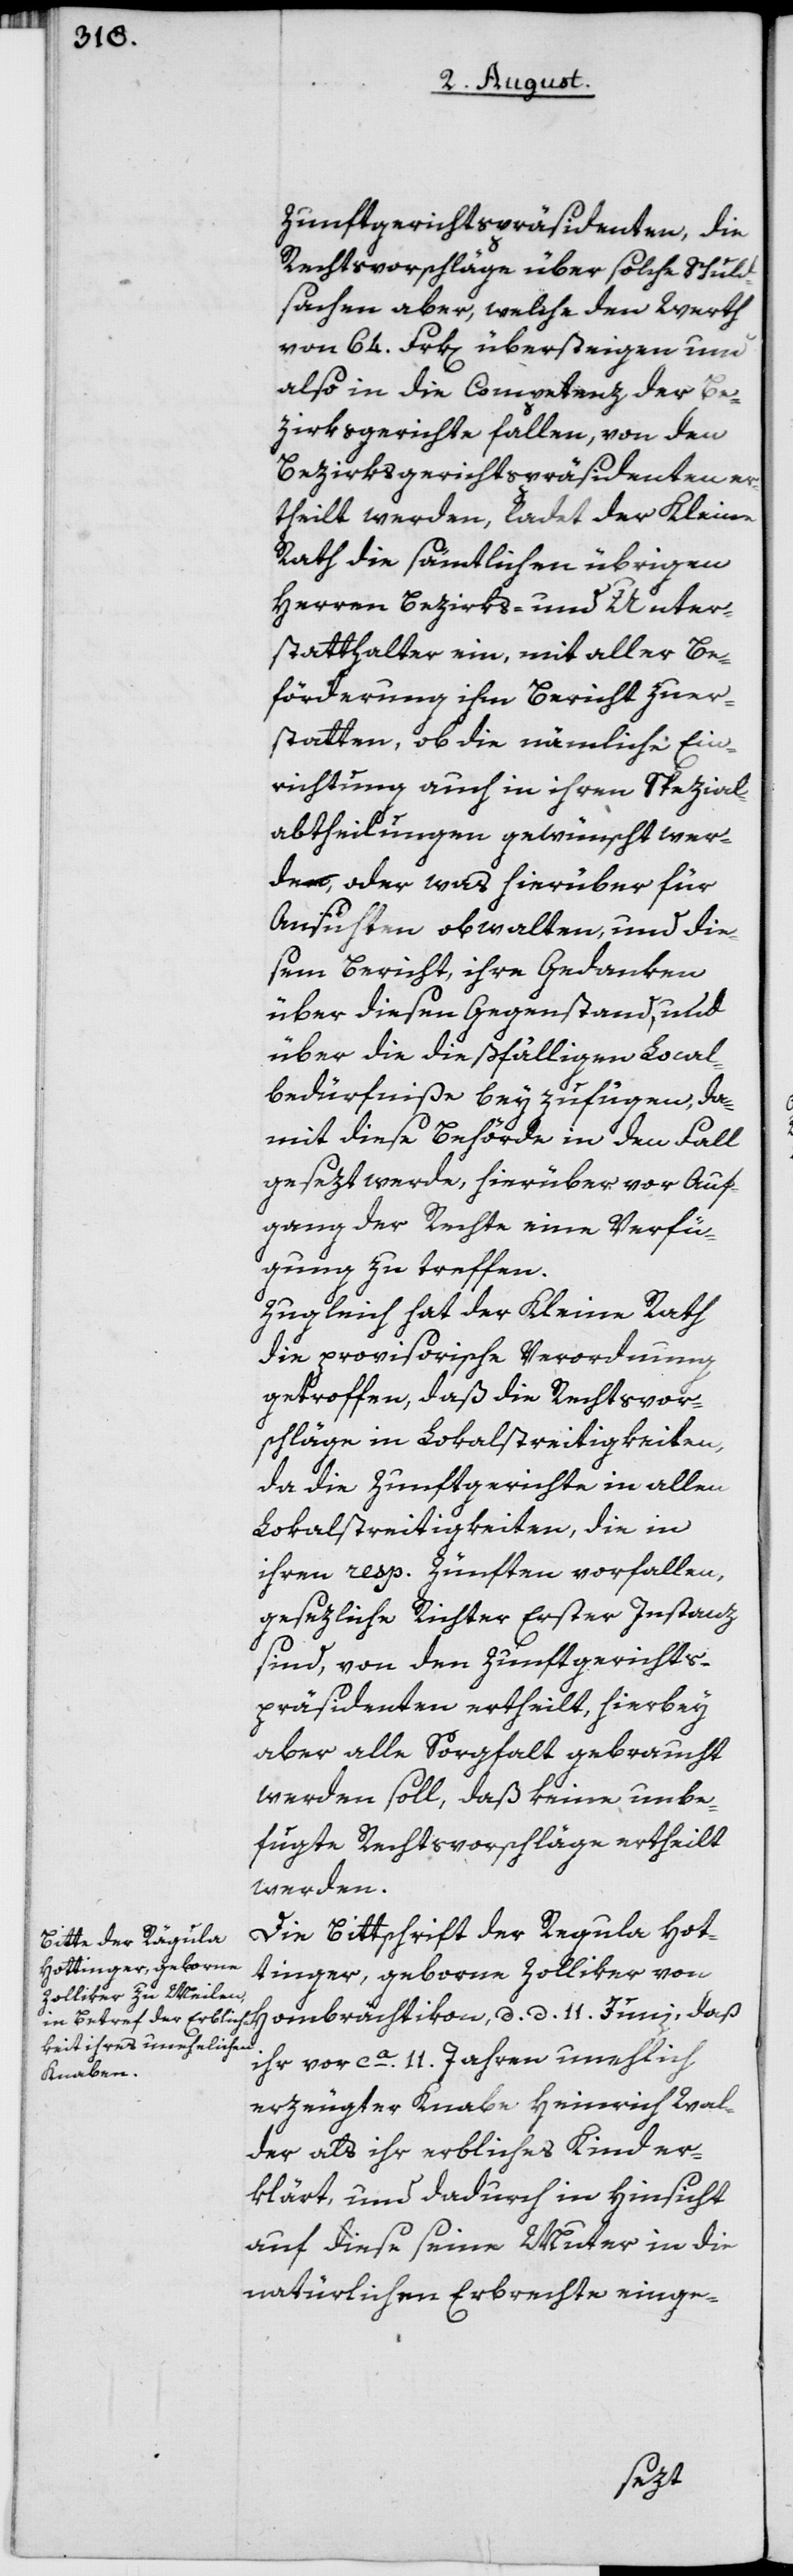
Zunftgerichtspräsidenten, die
Rechtsvorschläge über solche Schuld¬
sachen aber, welche den Werth
von 64. Frk[en] übersteigen und
also in die Competenz der Be¬
zirksgerichte fallen, von den
Bezirksgerichtspräsidenten er¬
theilt werden, ladet der Kleine
Rath die sämtlichen übrigen
Herren Bezirks- und Unter¬
statthalter ein, mit aller Be¬
förderung ihm Bericht zuer¬
statten, ob die nämliche Ein¬
richtung auch in ihren Spezial¬
abtheilungen gewünscht wer¬
de, oder was hierüber für
Ansichten obwalten, und die¬
sem Bericht, ihre Gedanken
über diesen Gegenstand, und
über die dießfälligen Local¬
bedürfniße beyzufügen, da¬
mit diese Behörde in den Fall
gesezt werde, hierüber vor Auf¬
gang der Rechte eine Verfü¬
gung zu treffen.
Zugleich hat der Kleine Rath
die provisorische Verordnung
getroffen, daß die Rechtsvor¬
schläge in Lokalstreitigkeiten,
da die Zunftgerichte in allen
Lokalstreitigkeiten, die in
ihren resp. Zünften vorfallen,
gesezliche Richter Erster Instanz
sind, von den Zunftgerichts¬
präsidenten ertheilt, hierbey
aber alle Sorgfalt gebraucht
werden soll, daß keine unbe¬
fugte Rechtsvorschläge ertheilt
werden.
Die Bittschrift der Regula [sic!]
Hottinger, geborne Zolliker von
Hombrächtikon, d. d. 11. Juni, daß
ihr vor ca. 11. Jahren unehlich
erzeugter Knabe Heinrich Wal¬
der als ihr erbliches Kind er¬
klärt, und dadurch in Hinsicht
auf diese seine Muter in die
natürlichen Erbrechte einge-